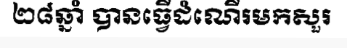
២៨ឆ្នាំ បានធ្វើដំណើរមកសួរ